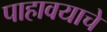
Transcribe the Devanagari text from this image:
पाहावयाचे